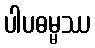
ပါပဓမ္မဿ